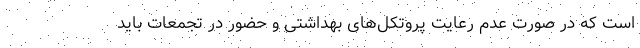
است که در صورت عدم رعایت پروتکل‌های بهداشتی و حضور در تجمعات باید